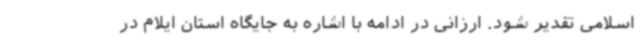
اسلامی تقدیر شود. ارزانی در ادامه با اشاره به جایگاه استان ایلام در